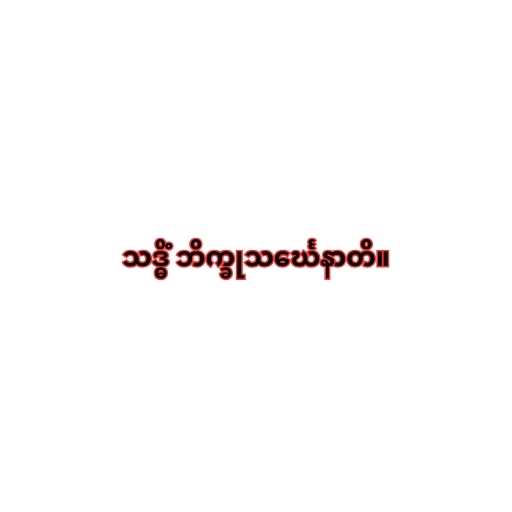
သဒ္ဓိံ ဘိက္ခုသင်္ဃေနာတိ။